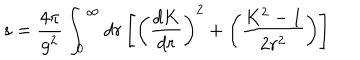
s = { \frac { 4 \pi } { g ^ { 2 } } } \int _ { 0 } ^ { \infty } d r \left[ \left( { \frac { d K } { d r } } \right) ^ { 2 } + \left( { \frac { K ^ { 2 } - 1 } { 2 r ^ { 2 } } } \right) \right]